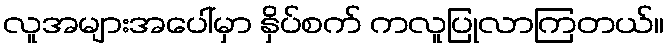
လူအများအပေါ်မှာ နှိပ်စက် ကလူပြုလာကြတယ်။